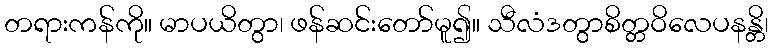
တရားကန်ကို။ မာပယိတွာ၊ ဖန်ဆင်းတော်မူ၍။ သီလံဒတွာစိတ္တဝိလေပနန္တိ၊